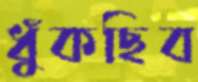
ধুঁকছিব